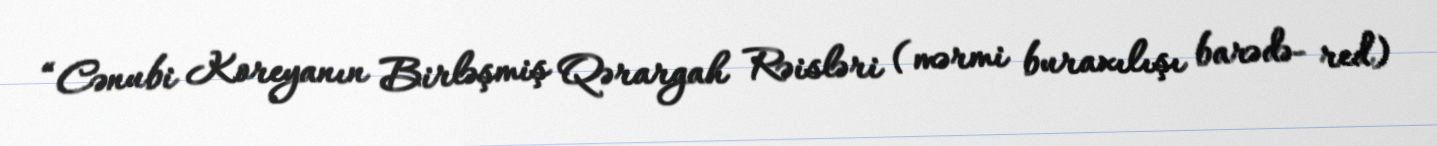
“Cənubi Koreyanın Birləşmiş Qərargah Rəisləri (mərmi buraxılışı barədə- red)